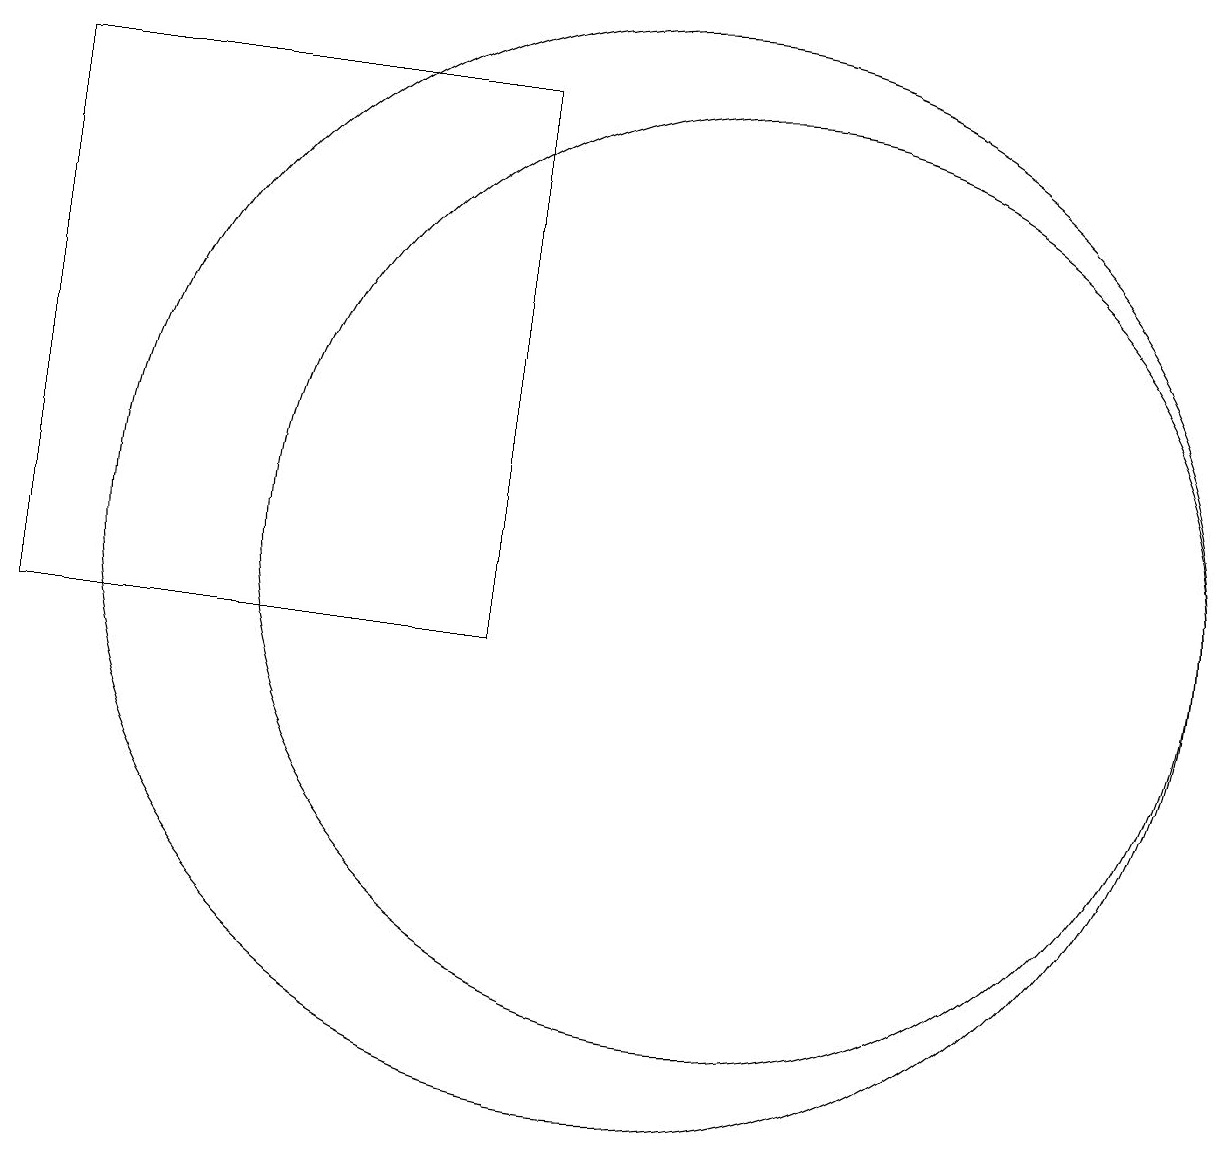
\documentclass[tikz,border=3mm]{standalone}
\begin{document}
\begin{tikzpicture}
\draw (9,17) rectangle (3,10);
\draw (12,11) circle (6);
\draw (11,11) circle (7);
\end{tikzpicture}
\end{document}